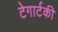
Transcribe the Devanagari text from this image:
टेगार्टकी